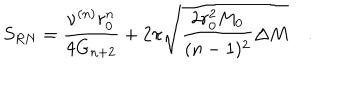
S _ { R N } = \frac { \nu ^ { ( n ) } r _ { 0 } ^ { n } } { 4 G _ { n + 2 } } + 2 \pi \sqrt { \frac { 2 r _ { 0 } ^ { 2 } M _ { 0 } } { ( n - 1 ) ^ { 2 } } \Delta M } \quad .